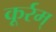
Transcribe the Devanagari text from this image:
कूर्रम्